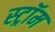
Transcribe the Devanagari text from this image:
स्ट्रॉम